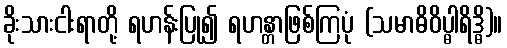
ခိုးသားငါးရာတို့ ရဟန်းပြု၍ ရဟန္တာဖြစ်ကြပုံ (သမာဓိဝိပ္ဓါရိဒ္ဓိ)။